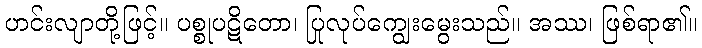
ဟင်းလျာတို့ဖြင့်။ ပစ္စုပဋိတော၊ ပြုလုပ်ကျွေးမွေးသည်။ အဿ၊ ဖြစ်ရာ၏။